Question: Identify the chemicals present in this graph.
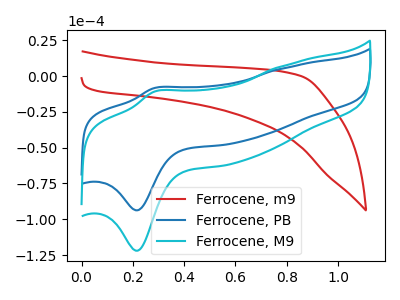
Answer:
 <answer>The red curve is labeled "Ferrocene, m9". The blue curve is labeled "Ferrocene, PB". The cyan curve is labeled "Ferrocene, M9".</answer>
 <eval></eval>